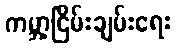
ကမ္ဘာ့ငြိမ်းချမ်းရေး